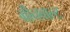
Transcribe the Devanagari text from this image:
ग्रीनबाल्ट